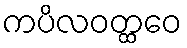
ကပိလဝတ္ထဝေ